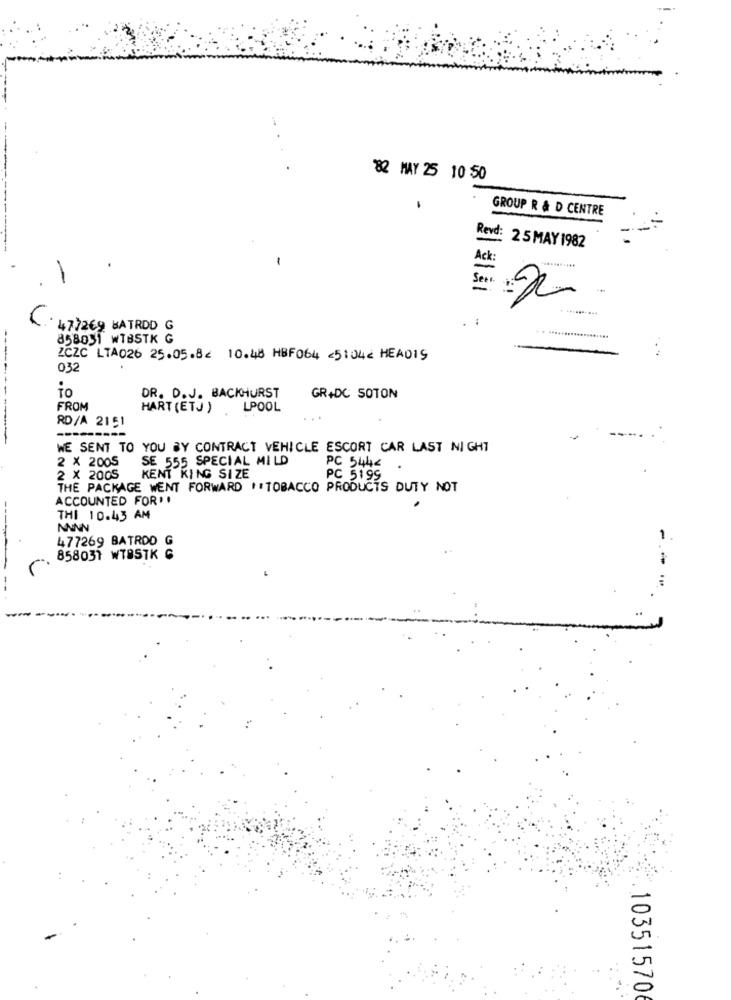
82 MAY 25 10 50
GROUP R & D CENTRE
Revd: 25 MAY 1982
-
Ack
-
. :
477269 BATRDD G
858051 WTBSTK G
ZCZC LTA026 25.05.82 10.48 HBF064 <5:042 HEADIS
032
io
DR. D.J. BACKHURST
GR+DC SOTON
FROM
HART (ETJ )
LPOOL
RD/A 2151
--
---------
WE SENT TO YOU BY CONTRACT VEHICLE ESCORT CAR LAST NIGHT
2 X 2005
SE 555 SPECIAL MILD
PC 5444
.
2 X 2005
KENT KING SIZE
PC 5199
THE PACKAGE WENT FORWARD .. TOBACCO PRODUCTS DUTY NOT
ACCOUNTED FOR . .
THI 10.43 AM
477269 BATRDO G
-
858037 WTBSTK G
10351570